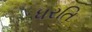
ધરતિ